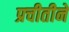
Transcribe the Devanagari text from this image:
प्रचीतीने